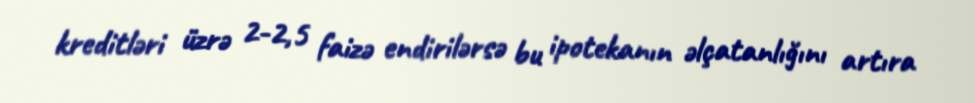
kreditləri üzrə 2-2,5 faizə endirilərsə bu ipotekanın əlçatanlığını artıra